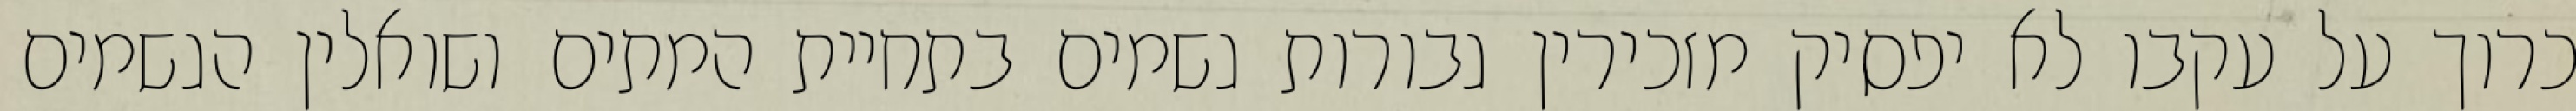
כרוך על עקבו לא יפסיק מזכירין גבורות גשמים בתחיית המתים ושואלין הגשמים